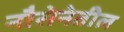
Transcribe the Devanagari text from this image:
नौसेनेतील